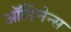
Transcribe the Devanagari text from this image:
ऑर्डिनेन्स